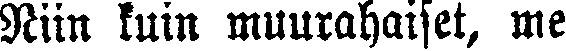
Niin kuin muurahaiset, me